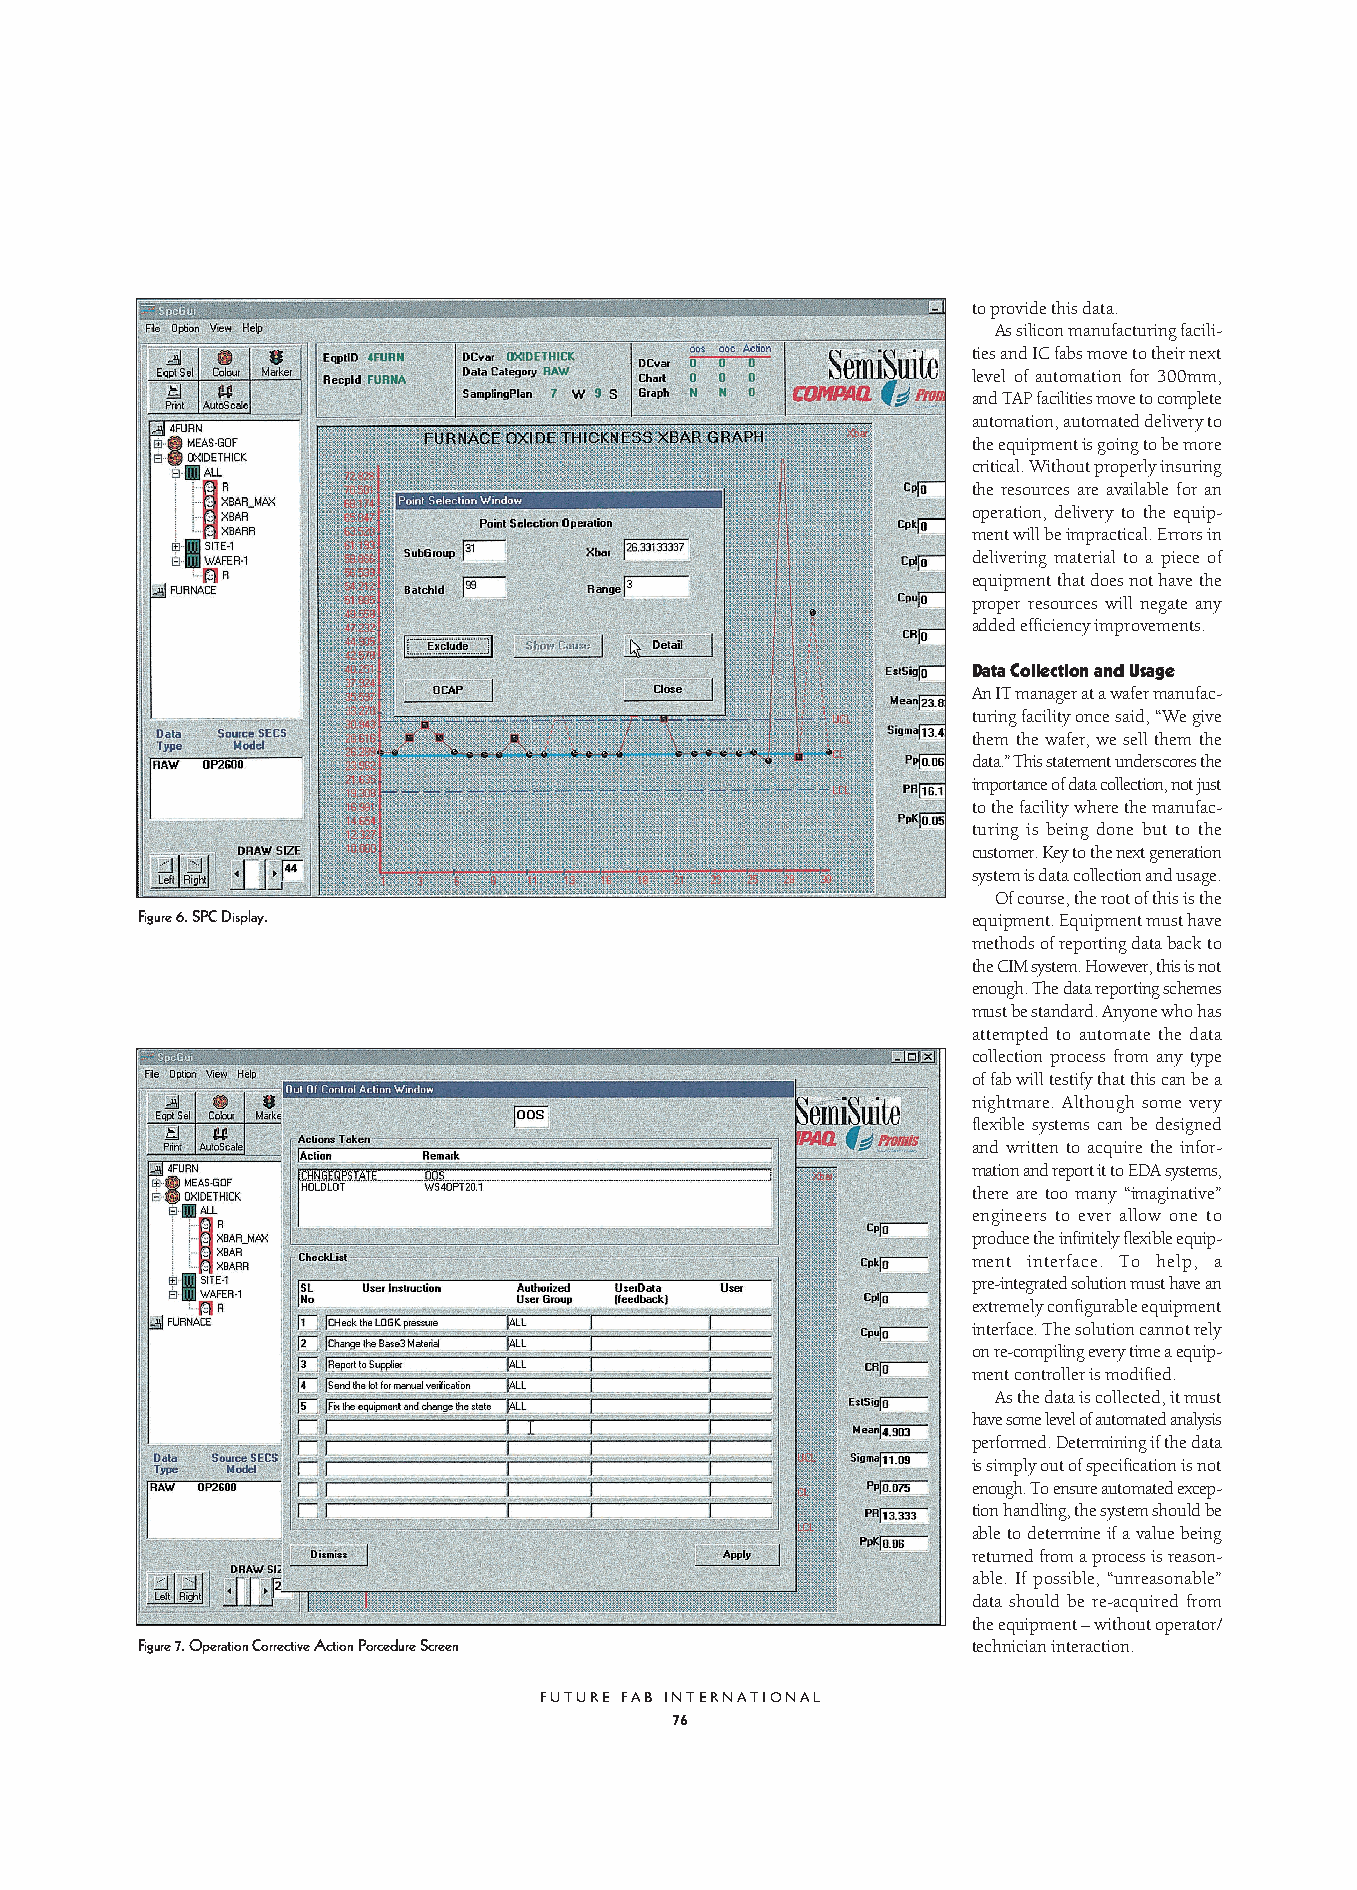
to provide this data.
 As silicon manufacturing facili-
 ties and IC fabs move to their next
 level of automation for 300mm,
 and TAP facilities move to complete
 automation, automated delivery to
 the equipment is going to be more
 critical. Without properly insuring
 the resources are available for an
 operation, delivery to the equip-
 ment will be impractical. Errors in
 delivering material to a piece of
 equipment that does not have the
 proper resources will negate any
 added efficiency improvements.
 Data Collection and Usage
 An IT manager at a wafer manufac-
 turing facility once said, “We give
 them the wafer, we sell them the
 data.” This statement underscores the
 importance of data collection, not just
 to the facility where the manufac-
 turing is being done but to the
 customer. Key to the next generation
 system is data collection and usage.
 Of course, the root of this is the
 Figure 6. SPC Display.                                 equipment. Equipment must have
 methods of reporting data back to
 the CIM system. However, this is not
 enough. The data reporting schemes
 must be standard. Anyone who has
 attempted to automate the data
 collection process from any type
 of fab will testify that this can be a
 nightmare. Although some very
 flexible systems can be designed
 and written to acquire the infor-
 mation and report it to EDA systems,
 there are too many “imaginative”
 engineers to ever allow one to
 produce the infinitely flexible equip-
 ment interface. To help, a
 pre-integrated solution must have an
 extremely configurable equipment
 interface. The solution cannot rely
 on re-compiling every time a equip-
 ment controller is modified.
 As the data is collected, it must
 have some level of automated analysis
 performed. Determining if the data
 is simply out of specification is not
 enough. To ensure automated excep-
 tion handling, the system should be
 able to determine if a value being
 returned from a process is reason-
 able. If possible, “unreasonable”
 data should be re-acquired from
 the equipment – without operator/
 Figure 7. Operation Corrective Action Porcedure Screen technician interaction.
 FUTURE FAB INTERNATIONAL
 76